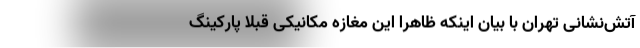
آتش‌نشانی تهران با بیان اینکه ظاهرا این مغازه مکانیکی قبلا پارکینگ